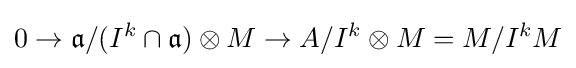
0\to {\mathfrak {a}}/(I^{k}\cap {\mathfrak {a}})\otimes M\to A/I^{k}\otimes M=M/I^{k}M